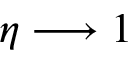
\eta \longrightarrow 1